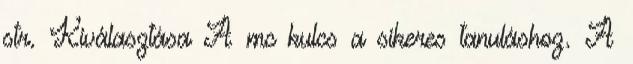
str. Kiválasztása A mc kulcs a sikeres tanuláshoz. A